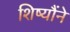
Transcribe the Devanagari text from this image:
शिष्यौंने